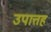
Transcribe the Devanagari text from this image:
उपात्तहं